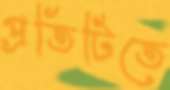
প্রতিটিতে